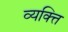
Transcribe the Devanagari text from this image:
व्यक्त्ति